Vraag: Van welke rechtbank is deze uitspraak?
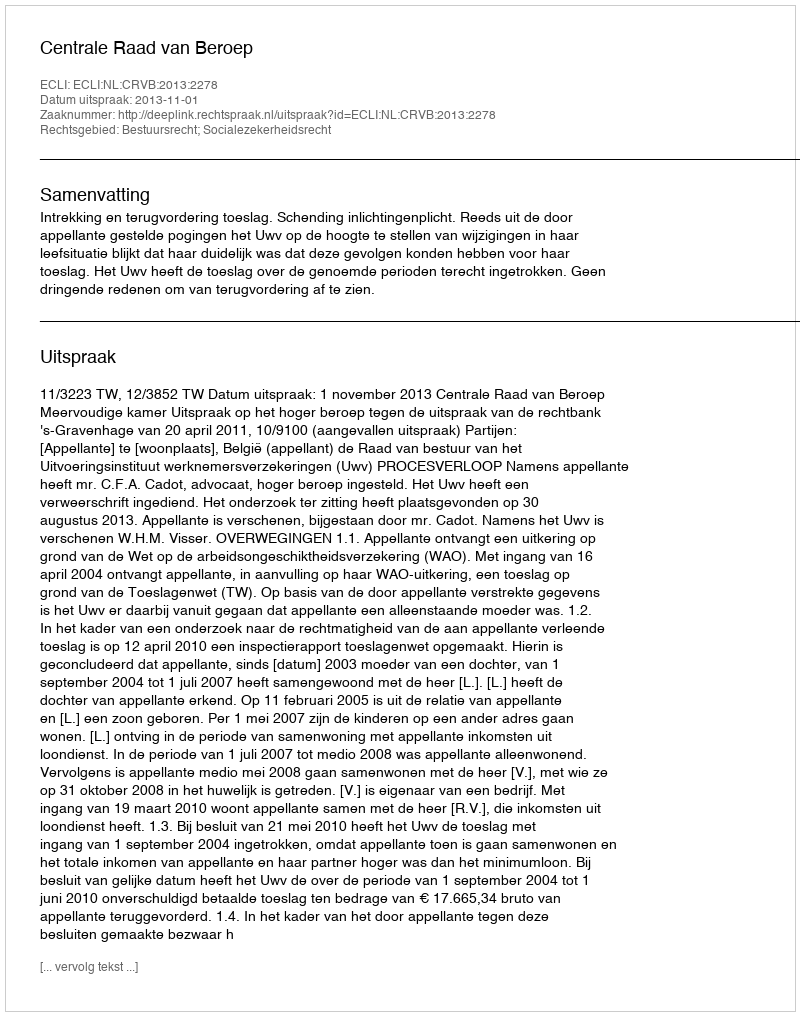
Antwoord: Centrale Raad van Beroep